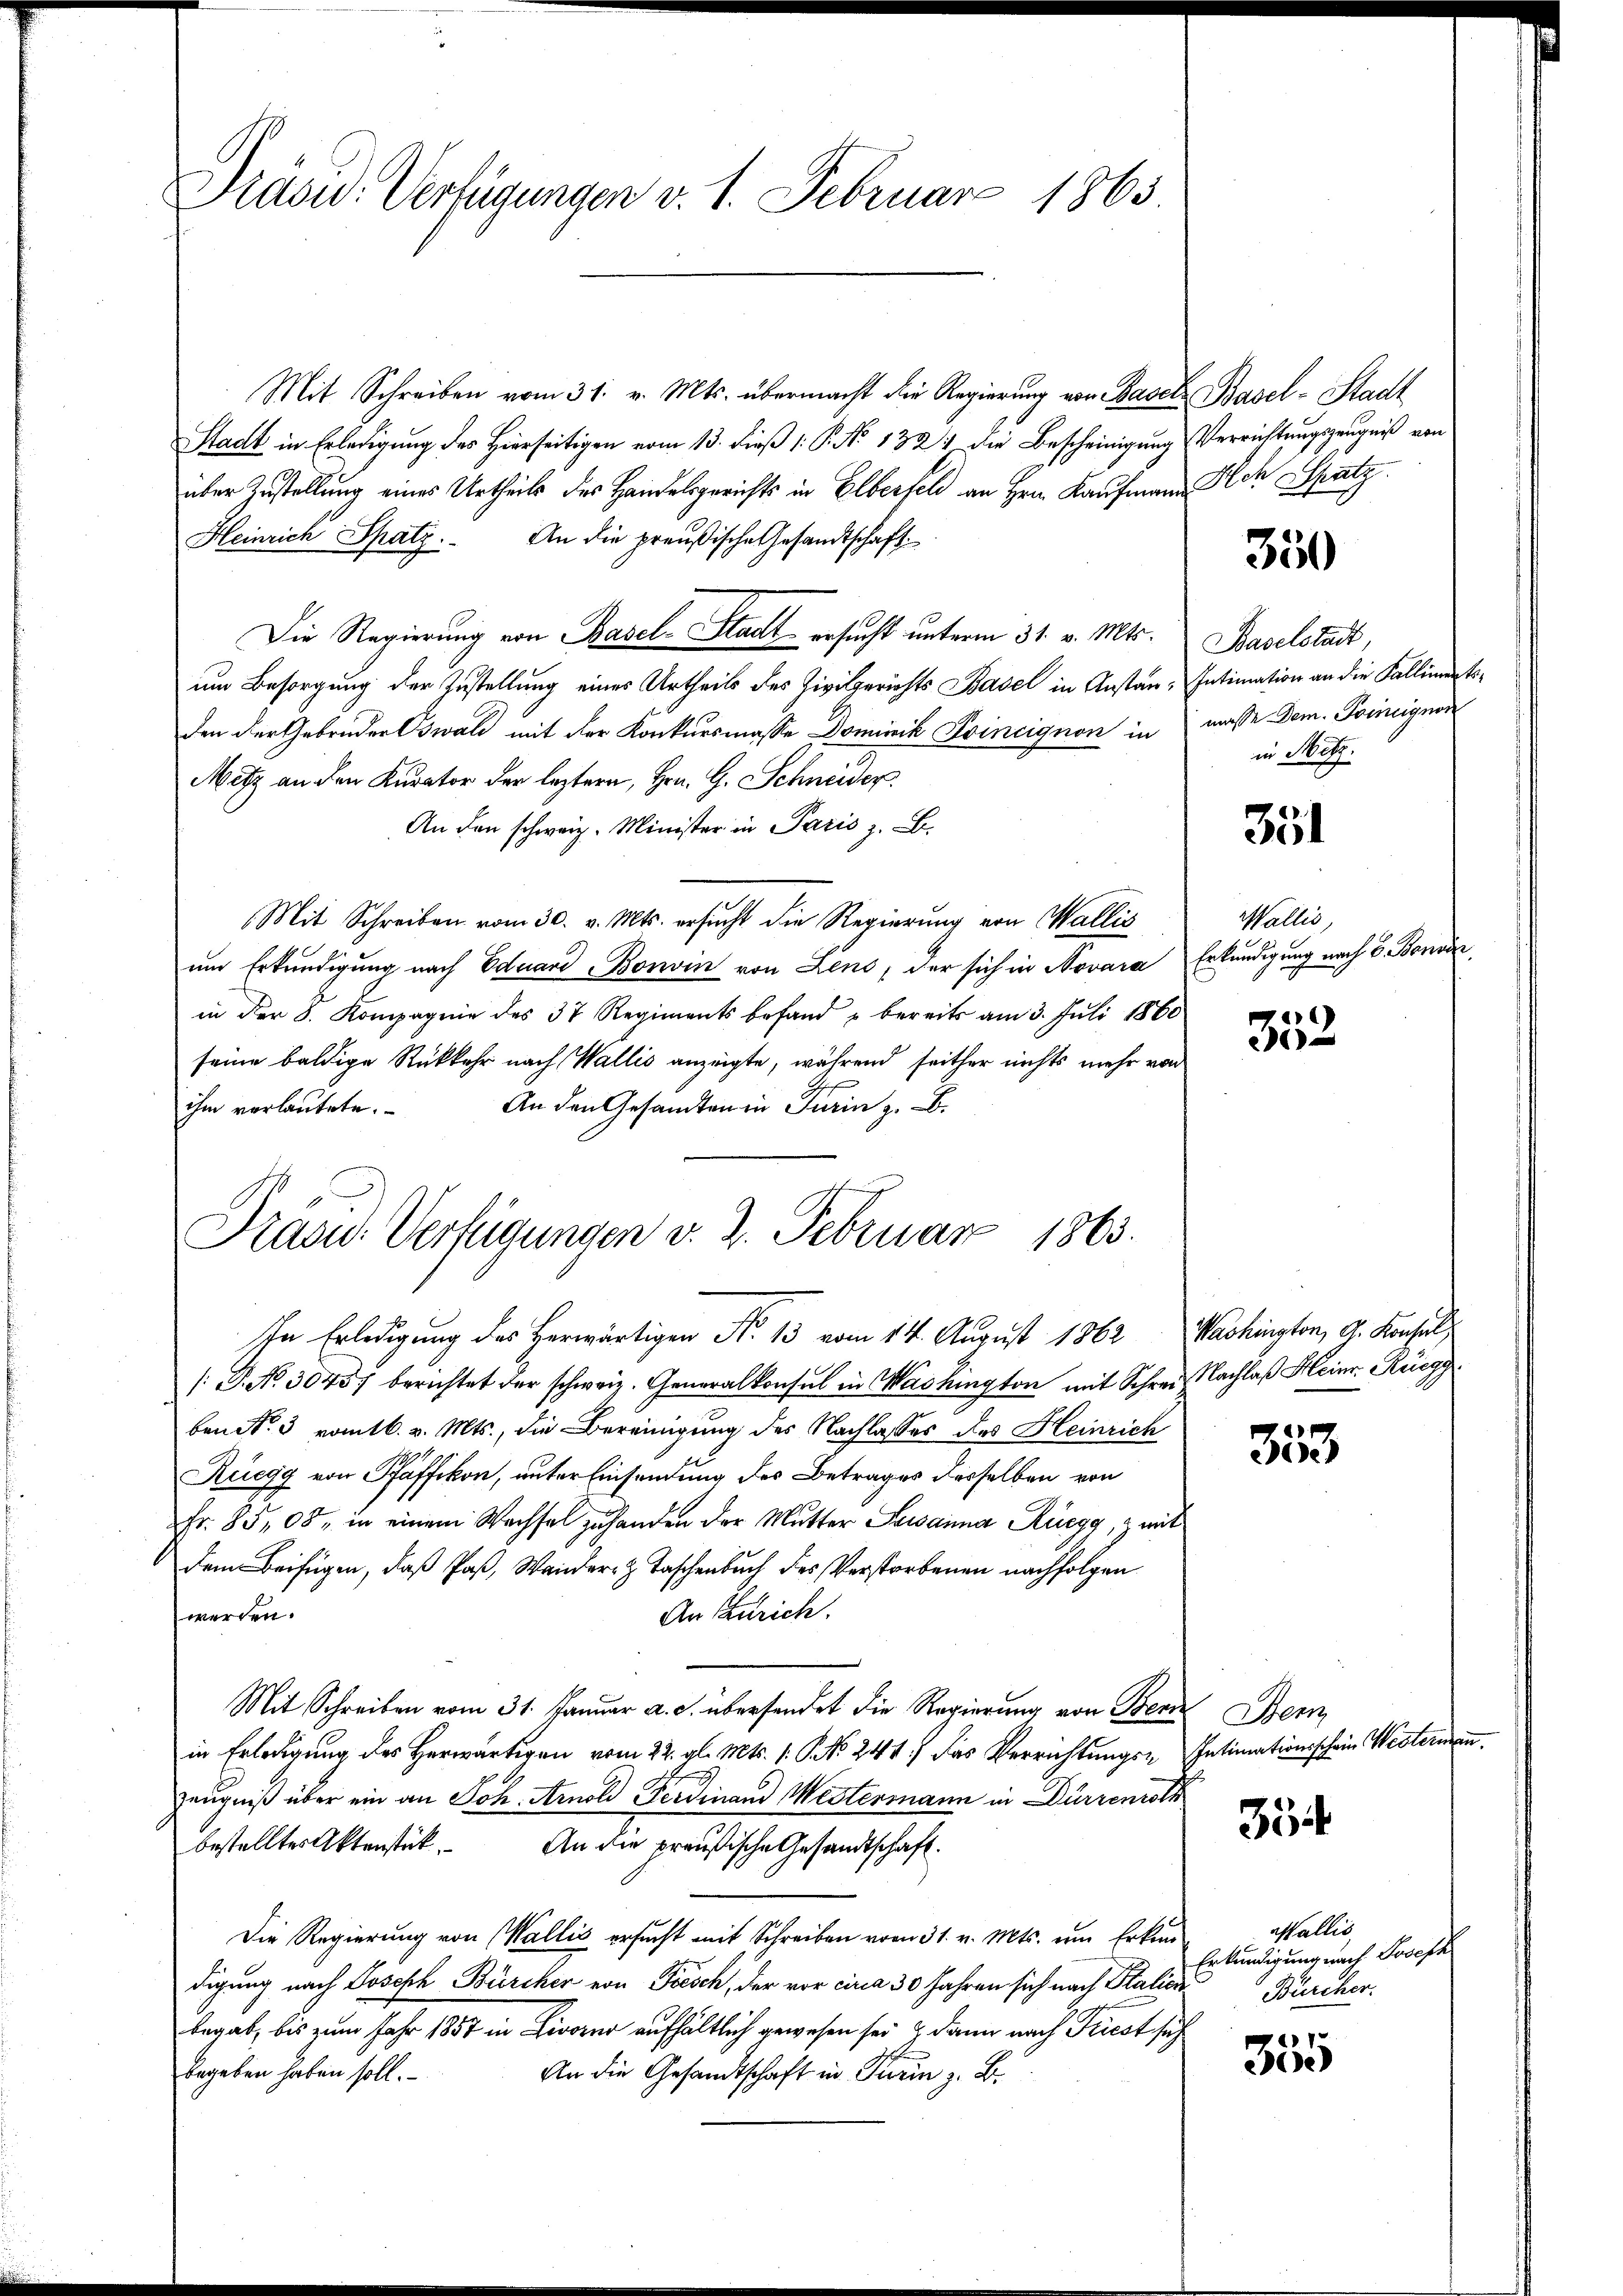
Präsid. Verfügungen v. 1. Februar 1863.

Mit Schreiben vom 31. v. Mts. übermacht die Regierung von Basels Basel-Stadt
Stadt in Erledigung des Hierseitigen vom 13. Dieß (: P. No 132. Die Bescheinigung Verrichtungszeugniß von
über Zustellung eines Urtheils des Handelsgerichts in Elberfeld an Hrn. Kaufmann ich Spatz
Heinrich Spatz. An die preußische Gesandtschaft
Die Regierung von Basel-Stadt ersucht unterm 31. v. Mts. Baselstadt,
um Besorgung der Zustellung eines Urtheils des Zivilgerichts Basel in Anstan-Intimation an die Fallimentsden der Gebrüder Oswald mit der Konkursmasse Dominik Trincignon in masse Dem. Tornignon
Metz an den Kurator der leztern, Hrn. G. Schneider.
An den schweiz. Minister in Paris z. B.
Mit Schreiben vom 30. v. Mts. ersucht die Regierung von Wallis
um Erkundigung nach Eduard Bonvin von Leno, der sich in Novara Erkundigung nach B. Bonven
in der 8. Kompagnie des 37 Regiments befand u bereits am 3. Juli 1860
seine baldige Rückkehr nach Wallis anzeigte, während seither nichts mehr von
An den Gesandten in Turin z. B.
ihm verlautete.
Ihn Erledigung des Herwärtigen No 13 vom 14. August 1862 Washington, G. Konsul
/: P. Nr. 30457 berichtet der schweiz. Generalkonsul in Washington mit Schrei Nachlaß Heinr. Rüegg
ben. 3 vom 16. v. Mts., die Bereinigung der Nachlasses des Heinrich
Ruegg von Pfäffikon, unter Einsendung des Betrages desselben von
Fr. 85,08, in einem Wachsel zu handen der Mutter Lewanna Rüegg mit
dem Beifügen, daß Paß, Wander- & Taschenbuch des Verstorbenen nachfolgen
An Zürich.
werden.
Mit Schreiben vom 31. Januar a. c. übersendet die Regierung von Bern Bern
in Erledigung des Herwärtigen vom 22. gl. Mts. 1. N. N. 241) das Verrichtungs-Intimationsschein Westernen.
Zeugniß über ein an Joh. Arnold Ferdinand Mestermann in Dürrenroth
bestelltes Aktenstück. An die preußische Gesandtschaft.
Die Regierung von Wallis ersucht mit Schreiben vom 31. v. Mts. um Erken
digung nach Joseph Bürcher von Frisch, der vor circa 30 Jahren sich nach Station
begab, bis zum Jahr 1857 in Livorno aufhältlich gewesen sei & dann nach Friest sich
begeben haben soll.
An die Gesandtschaft in Turin z. B.

Präsid. Verfügungen v. 2. Februar 1863.

350

in Prof.

351

Wallis,

352

35

Wallis,
Erkundigung nach Joseph
Bürcher.

21.
e